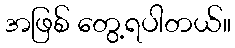
အဖြစ် တွေ့ရပါတယ်။